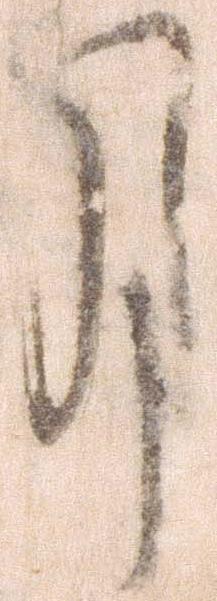
月